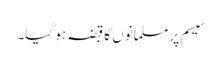
سیسم پر مسلمانوں کا قبضہ ہو گیا۔